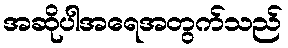
အဆိုပါအရေအတွက်သည်